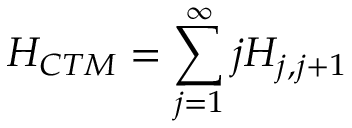
H _ { C T M } = \sum _ { j = 1 } ^ { \infty } j H _ { j , j + 1 }